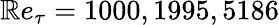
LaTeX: \mathbb{R}e_{\tau}=1000,1995,5186